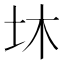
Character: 𡉿